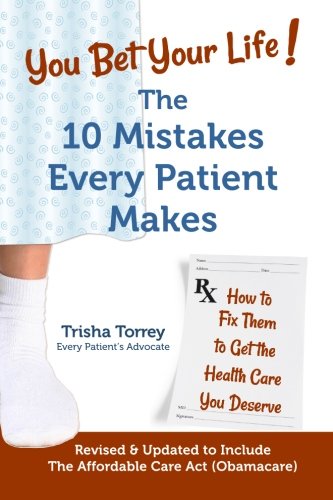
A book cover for You Bet Your Life!: The 10 Mistakes Every Patient Makes; Trisha Torrey; Medical Books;